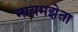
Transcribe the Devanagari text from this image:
मायमझेता